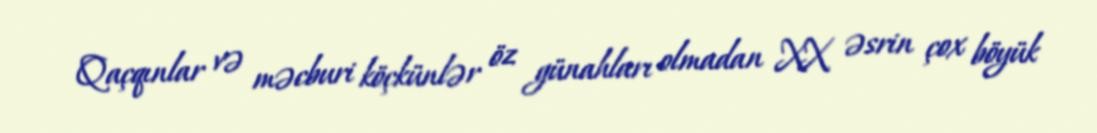
Qaçqınlar və məcburi köçkünlər öz günahları olmadan XX əsrin çox böyük